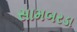
સામબરડા